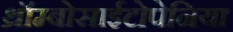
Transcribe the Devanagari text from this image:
थ्रॉम्बोसाईटोपेनिया